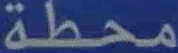
محطة